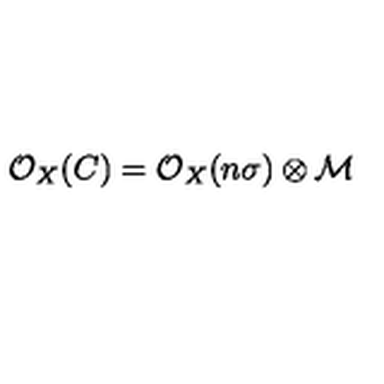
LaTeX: { \cal { O } } _ { X } ( C ) = { \cal { O } } _ { X } ( n \sigma ) \otimes { \cal { M } }